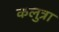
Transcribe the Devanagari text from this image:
कलुत्रा